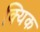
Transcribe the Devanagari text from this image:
क्यिक